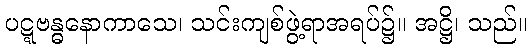
ပဋ္ဋဗန္ဓနောကာသေ၊ သင်းကျစ်ဖွဲ့ရာအရပ်၌။ အဋ္ဌိ၊ သည်။